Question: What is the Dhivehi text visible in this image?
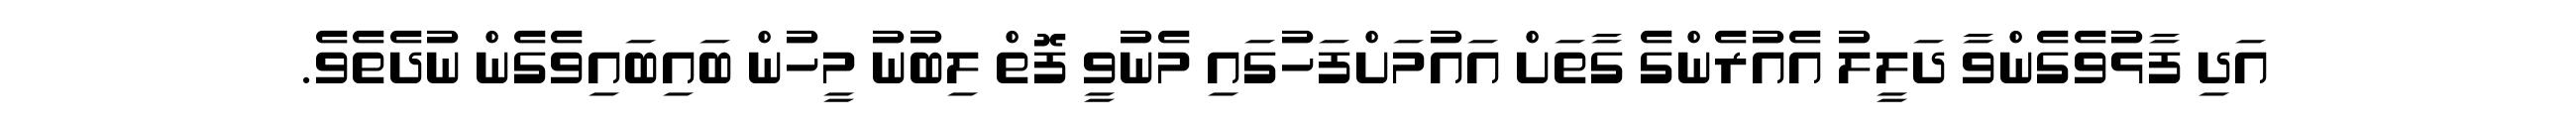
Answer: އަދި ފާޅުވެގެންވާ ދަލީލު އެއުރެންގެ ގާތަށް އައުމަށްފަހުގައި މެނުވީ ފޮތް ލިބުނު މީހުން ބައިބައިވެގެން ނުދެތެވެ.